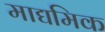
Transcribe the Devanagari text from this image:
माद्यमिक